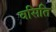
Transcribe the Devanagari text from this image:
वसिति